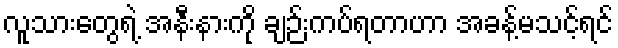
လူသားတွေရဲ့ အနီးနားကို ချဉ်းကပ်ရတာဟာ အခန့်မသင့်ရင်